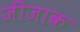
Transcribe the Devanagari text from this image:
जीजाक